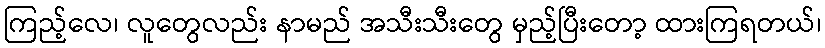
ကြည့်လေ၊ လူတွေလည်း နာမည် အသီးသီးတွေ မှည့်ပြီးတော့ ထားကြရတယ်၊